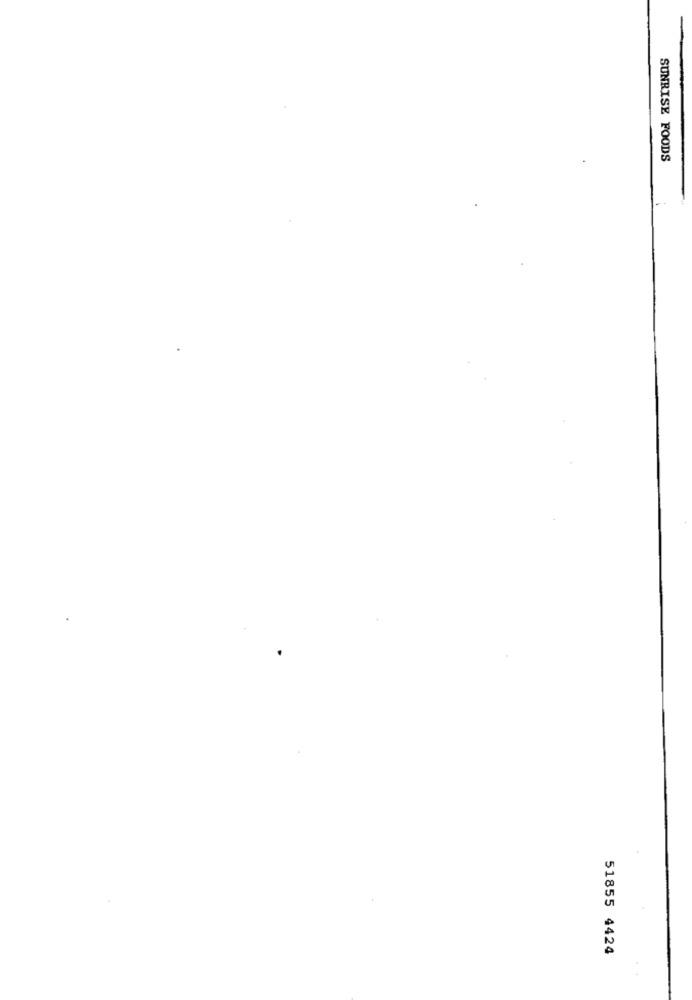
SUNRISE FOODS
51855 4424